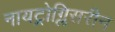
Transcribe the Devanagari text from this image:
नायट्रोग्लिसरीन